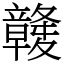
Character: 竷